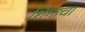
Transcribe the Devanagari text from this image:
शिंगाचा